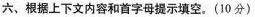
六、根据上下文内容和首字母提示填空.( 1 0 分)